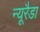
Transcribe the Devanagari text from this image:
न्यूरैडा